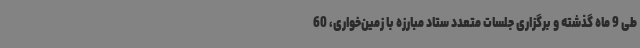
طی 9 ماه گذشته و برگزاری جلسات متعدد ستاد مبارزه با زمین‌خواری، 60